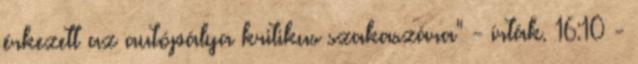
érkezett az autópálya kritikus szakaszára" - írták. 16:10 -